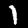
Label: 1